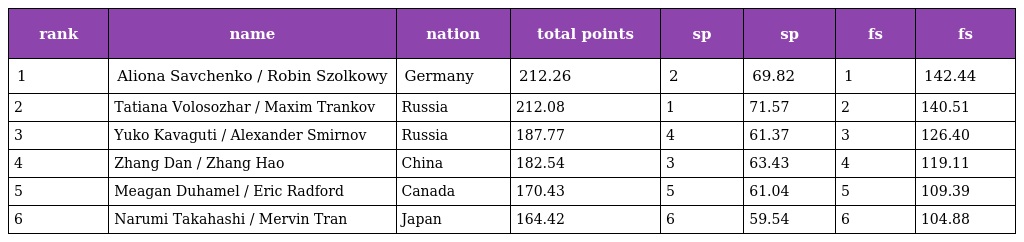
| rank | name | nation | total points | sp | sp | fs | fs |
 | --- | --- | --- | --- | --- | --- | --- | --- |
 | 1 | Aliona Savchenko / Robin Szolkowy | Germany | 212.26 | 2 | 69.82 | 1 | 142.44 |
 | 2 | Tatiana Volosozhar / Maxim Trankov | Russia | 212.08 | 1 | 71.57 | 2 | 140.51 |
 | 3 | Yuko Kavaguti / Alexander Smirnov | Russia | 187.77 | 4 | 61.37 | 3 | 126.40 |
 | 4 | Zhang Dan / Zhang Hao | China | 182.54 | 3 | 63.43 | 4 | 119.11 |
 | 5 | Meagan Duhamel / Eric Radford | Canada | 170.43 | 5 | 61.04 | 5 | 109.39 |
 | 6 | Narumi Takahashi / Mervin Tran | Japan | 164.42 | 6 | 59.54 | 6 | 104.88 |